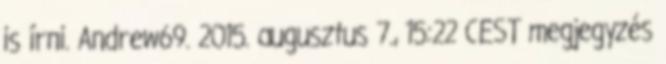
is írni. Andrew69. 2015. augusztus 7., 15:22 CEST megjegyzés